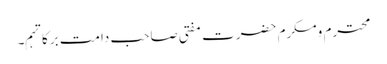
محترم ومکرم حضرت مفتی صاحب دامت برکاتہم۔